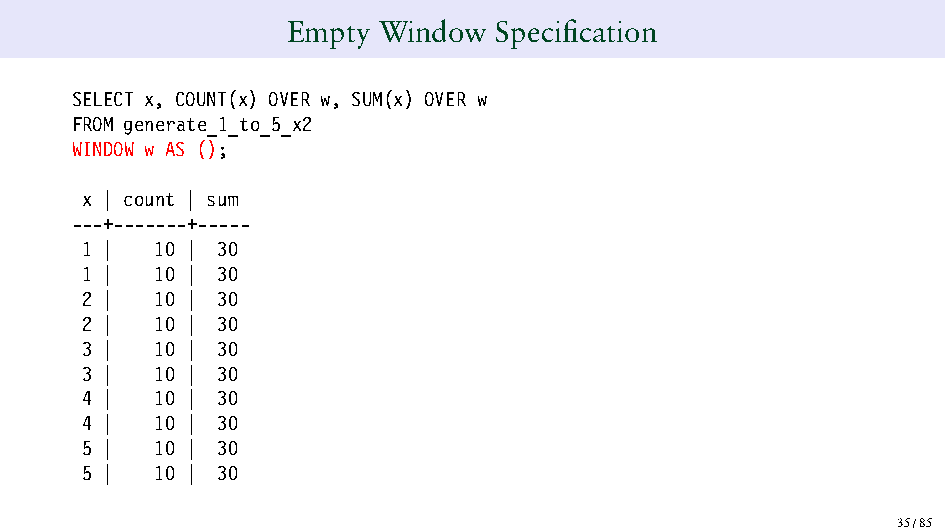
Empty Window  Specification
 SELECT x, COUNT(x) OVER w, SUM(x) OVER w
 FROM generate_1_to_5_x2
 WINDOW w AS ();
 x | count | sum
 ---+-------+-----
 1 |  10 | 30
 1 |  10 | 30
 2 |  10 | 30
 2 |  10 | 30
 3 |  10 | 30
 3 |  10 | 30
 4 |  10 | 30
 4 |  10 | 30
 5 |  10 | 30
 5 |  10 | 30
 35/85